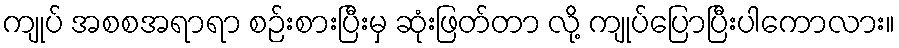
ကျုပ် အစစအရာရာ စဉ်းစားပြီးမှ ဆုံးဖြတ်တာ လို့ ကျုပ်ပြောပြီးပါကောလား။